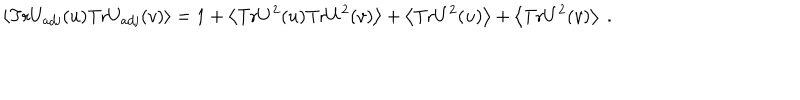
LaTeX: \left< \mathrm { T r } U _ { \mathrm { a d j } } ( u ) \mathrm { T r } U _ { \mathrm { a d j } } ( v ) \right> = 1 + \left< \mathrm { T r } U ^ { 2 } ( u ) \mathrm { T r } U ^ { 2 } ( v ) \right> + \left< \mathrm { T r } U ^ { 2 } ( u ) \right> + \left< \mathrm { T r } U ^ { 2 } ( v ) \right> \ .